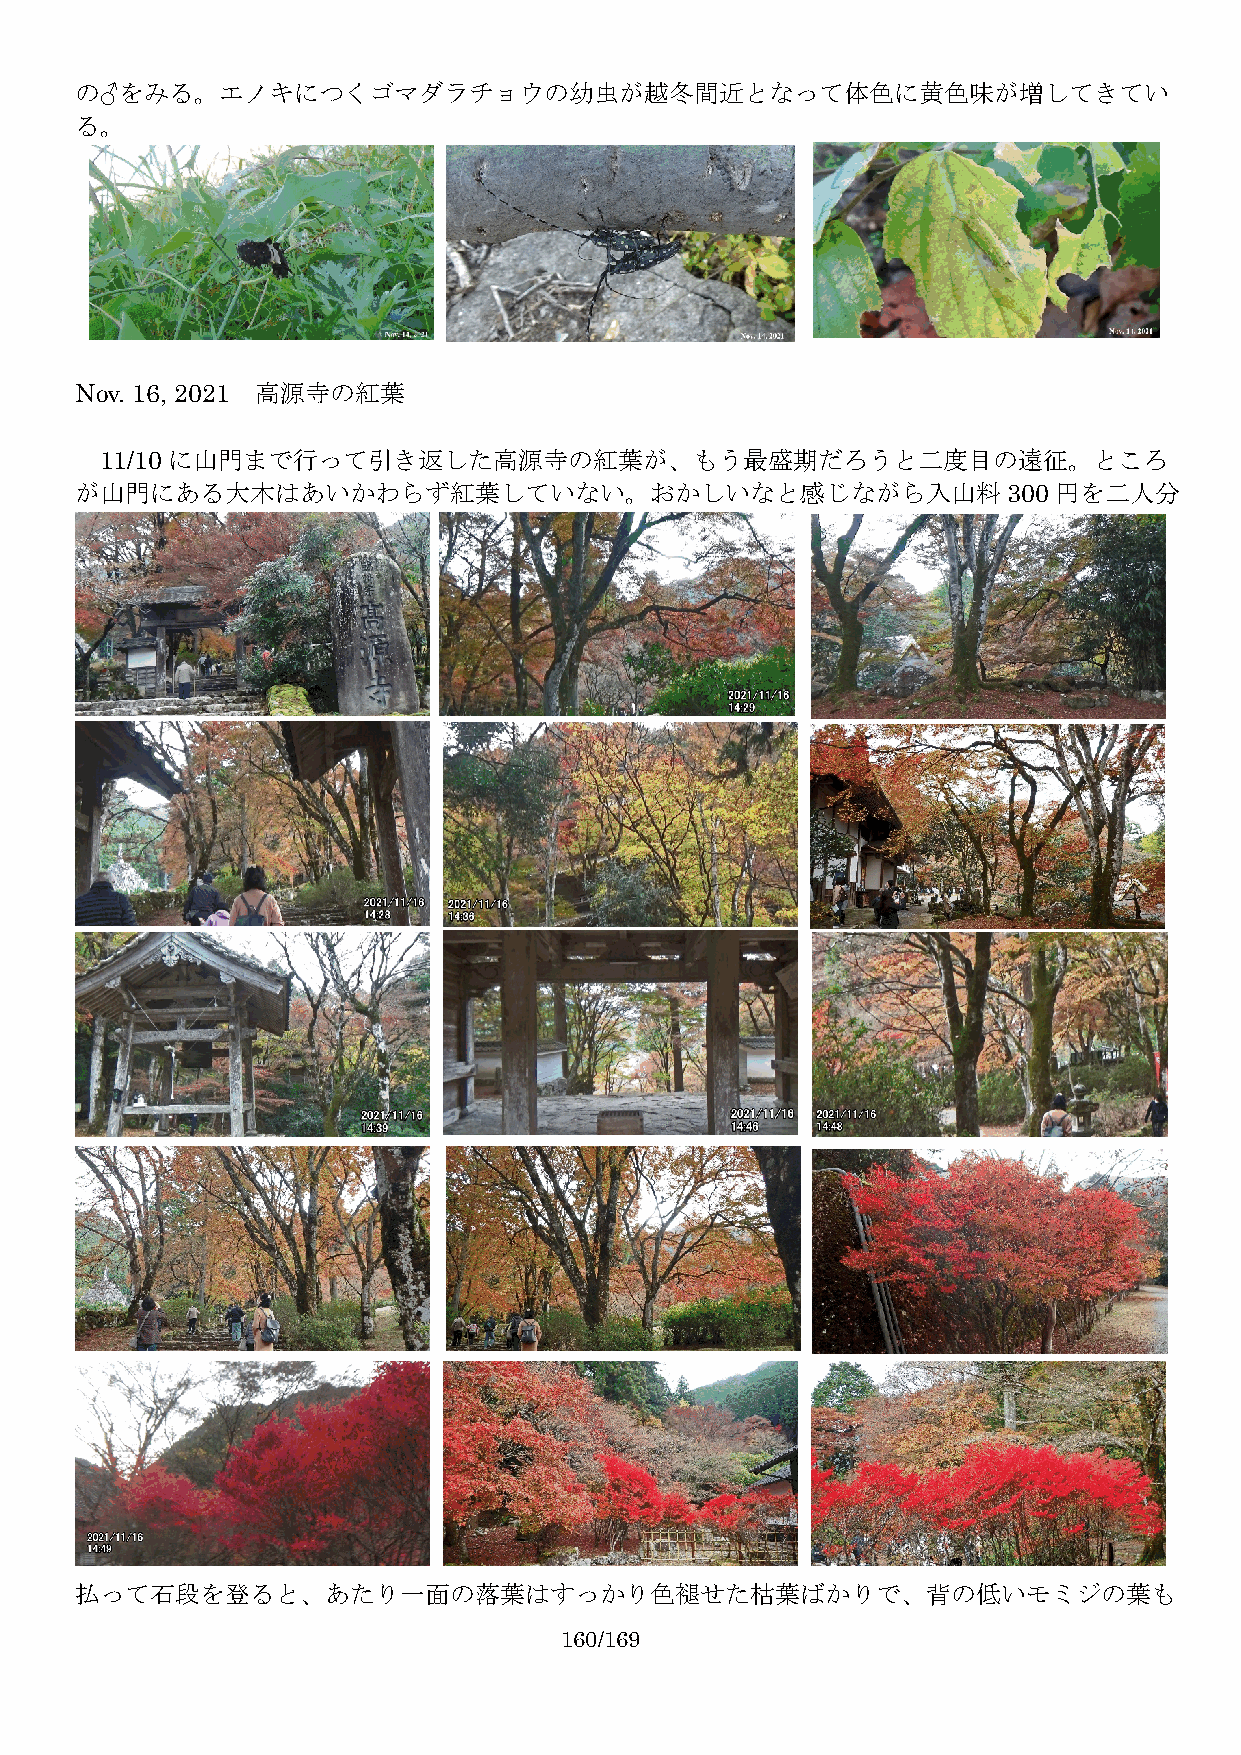
の♂をみる。エノキにつくゴマダラチョウの幼虫が越冬間近となって体色に黄色味が増してきてい
 る。
 Nov. 16, 2021 高源寺の紅葉
 11/10 に山門まで行って引き返した高源寺の紅葉が、もう最盛期だろうと二度目の遠征。ところ
 が山門にある大木はあいかわらず紅葉していない。おかしいなと感じながら入山料300                         円を二人分
 払って石段を登ると、あたり一面の落葉はすっかり色褪せた枯葉ばかりで、背の低いモミジの葉も
 160/169